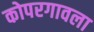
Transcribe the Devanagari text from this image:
कोपरगावला